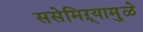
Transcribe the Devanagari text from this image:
ससेमिऱ्यामुळे